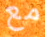
مع